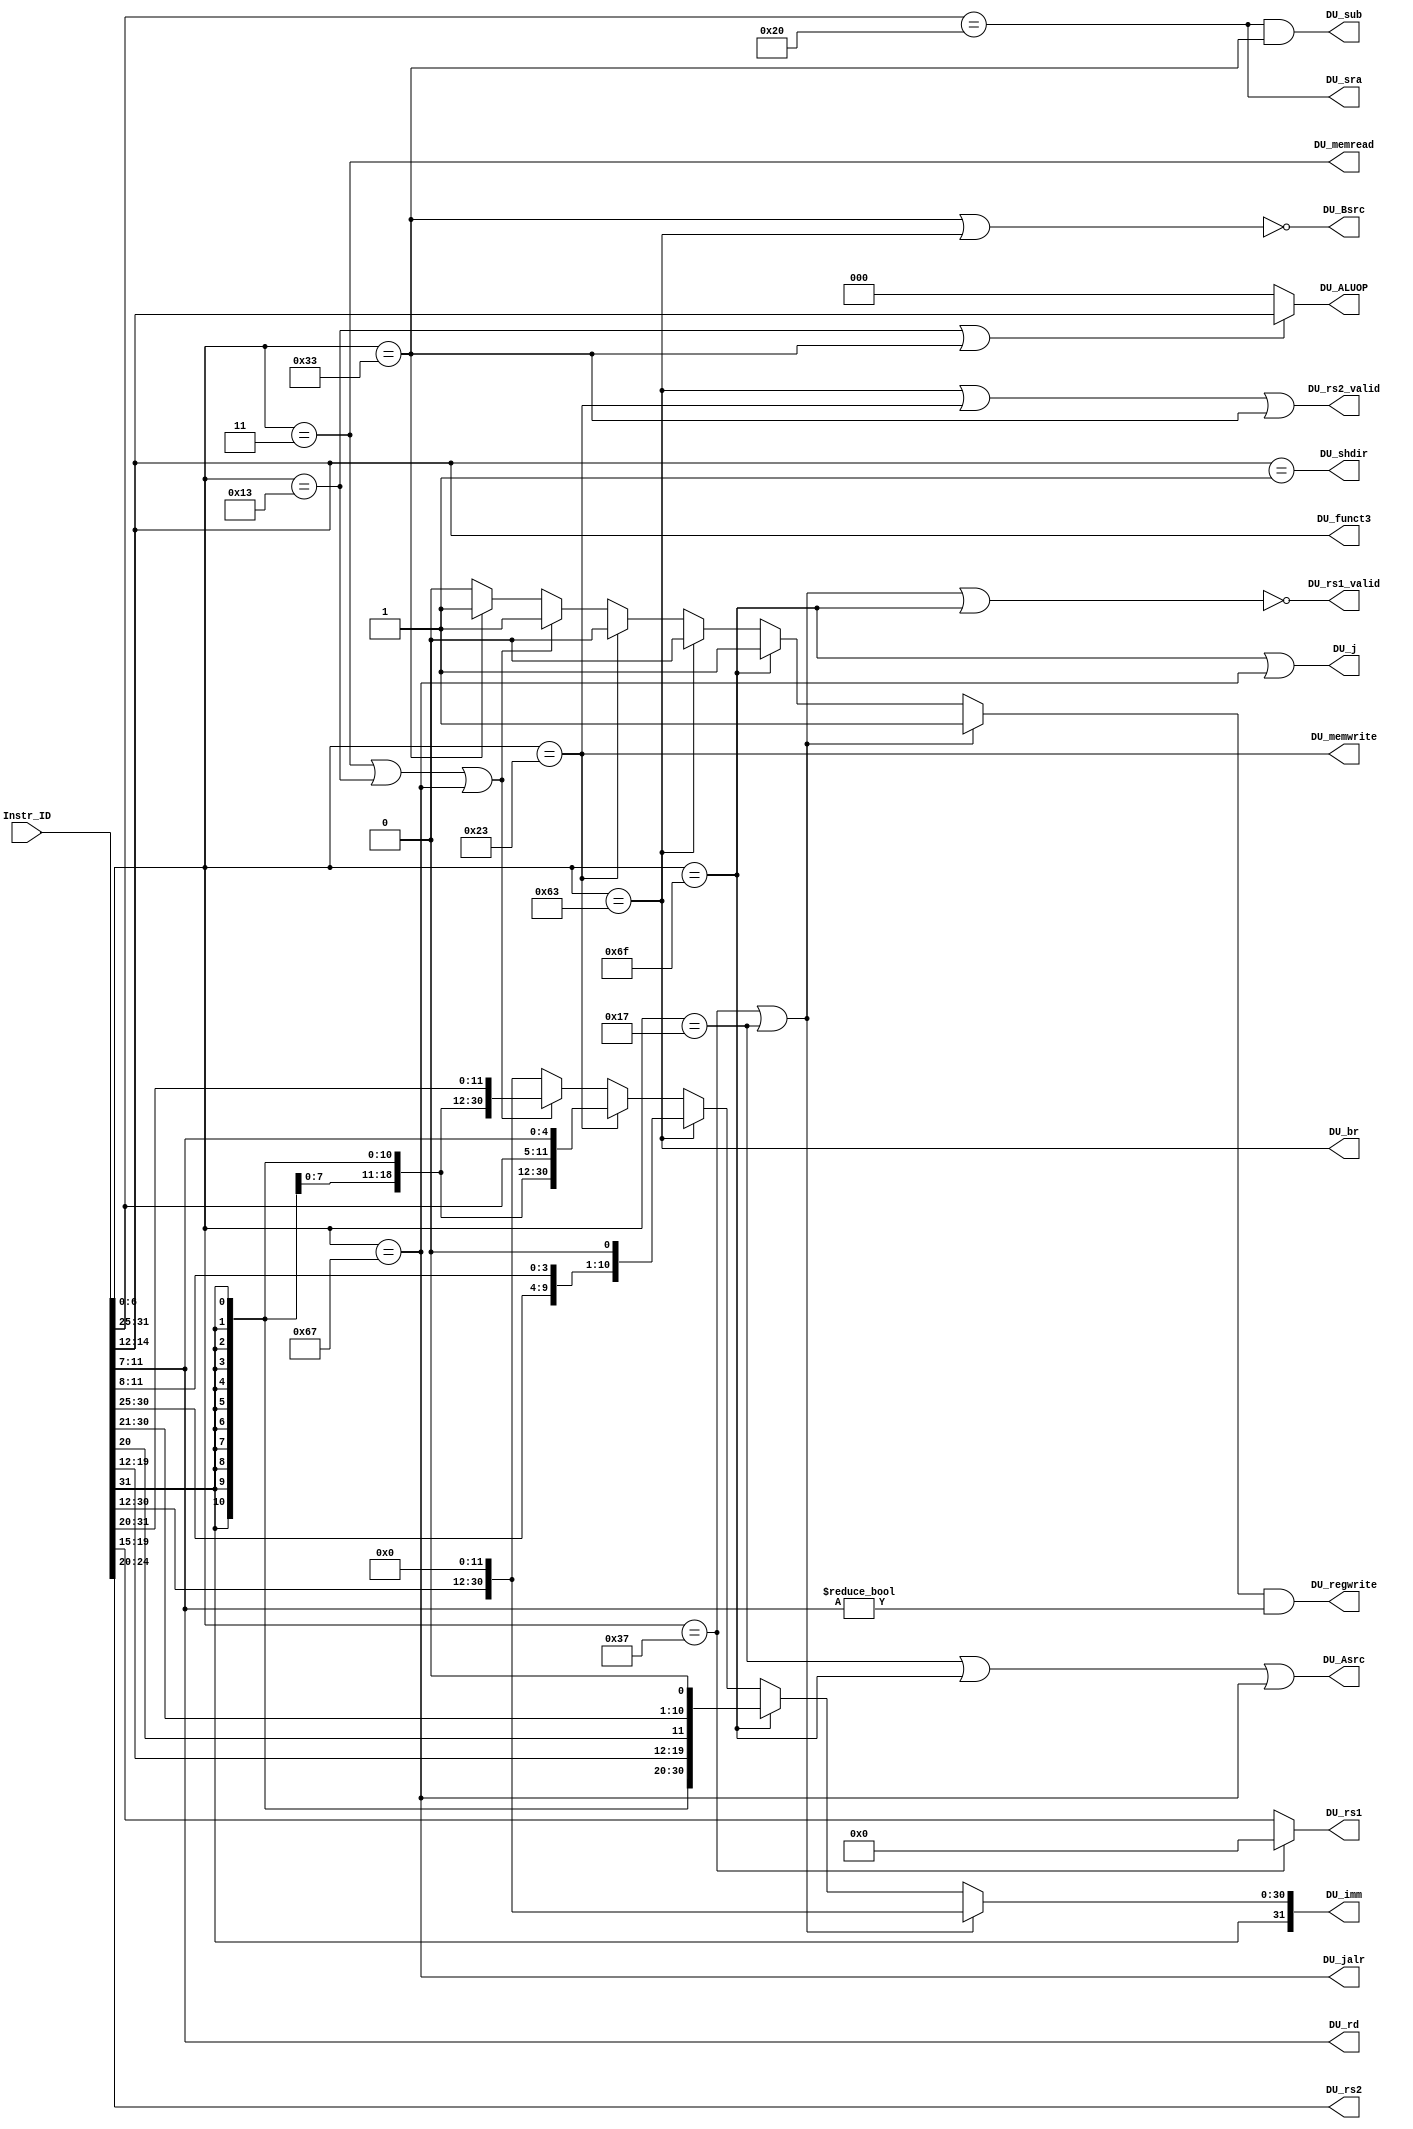
module DecodingUnit(
    input [31:0]Instr_ID,
    output DU_rs1_valid,
    output DU_rs2_valid,
    output [4:0]DU_rs1,
    output [4:0]DU_rs2,
    output [4:0]DU_rd,
    output DU_memread,
    output DU_memwrite,
    output DU_regwrite,
    output DU_j,
    output DU_br,
    output DU_jalr,
    output DU_sub,
    output DU_sra,
    output DU_shdir,
    output DU_Asrc,
    output DU_Bsrc,
    output [2:0]DU_funct3,
    output [2:0]DU_ALUOP,
    output reg [31:0]DU_imm
    );

    reg raw_regwrite;
    wire[6:0] opcode = Instr_ID[6:0];
    wire[6:0] funct7 = Instr_ID[31:25];
    wire[2:0] funct3 = Instr_ID[14:12];
    wire LUI = opcode == 7'b0110111;
    wire AUIPC = opcode == 7'b0010111;
    wire JAL = opcode == 7'b1101111;
    wire JALR = opcode == 7'b1100111;
    wire B_type = opcode == 7'b1100011;
    wire R_type = opcode == 7'b0110011;
    wire I_type = opcode == 7'b0010011; // excluding LW and JALR
    wire L_type = opcode == 7'b0000011;
    wire S_type = opcode == 7'b0100011;

    assign DU_ALUOP[2:0] = (I_type || R_type)? funct3 : 3'b0; // used only when R-type and corresponding I-type
    assign DU_rd = Instr_ID[11:7];
    assign DU_rs1 = LUI? 5'b0 : Instr_ID[19:15];
    assign DU_rs2 = Instr_ID[24:20];
    assign DU_rs1_valid = ~(LUI || AUIPC || JAL);
    assign DU_rs2_valid = (B_type || S_type || R_type);
    assign DU_sra = funct7 == 7'b0100000;
    assign DU_shdir = funct3 == 3'b001; // shift left
    assign DU_sub = (funct7 == 7'b0100000) & R_type;
    assign DU_memread = L_type;
    assign DU_memwrite = S_type;
    assign DU_j = JAL || JALR;
    assign DU_jalr = JALR;
    assign DU_br = B_type;
    assign DU_regwrite = raw_regwrite && (DU_rd != 5'b0);
    assign DU_Asrc = AUIPC || JAL || JALR; // 1: PC 0: (Rs1)
    assign DU_Bsrc = ~(R_type || B_type); // 1: Imm (including PC + 4 for jalr) 0: (Rs2)
    assign DU_funct3 = funct3;

    always@(*) begin
        raw_regwrite = 0;
        DU_imm = {Instr_ID[31:12], 12'b0};
        if (LUI || AUIPC) begin // U-type
            raw_regwrite = 1;
            // DU_imm = {Instr_ID[31:12], 12'b0}; default value
        end else if (JAL) begin // J-type jal
            raw_regwrite = 1;
            DU_imm = {{12{Instr_ID[31]}}, Instr_ID[19:12], Instr_ID[20], Instr_ID[30:25], Instr_ID[24:21], 1'b0};
        end else if (B_type) begin // B-type
            DU_imm = {{20{Instr_ID[31]}}, Instr_ID[7], Instr_ID[30:25], Instr_ID[11:8], 1'b0};
        end else if (S_type) begin // S-type
            DU_imm = {{20{Instr_ID[31]}}, Instr_ID[31:25], Instr_ID[11:7]};
        end else if (L_type || I_type || JALR) begin // I-type (LW or ADDI or JALR)
            raw_regwrite = 1;
            DU_imm = {{20{Instr_ID[31]}}, Instr_ID[31:20]};
        end else if (R_type) begin // R-type
            raw_regwrite = 1;
        end
    end

endmodule